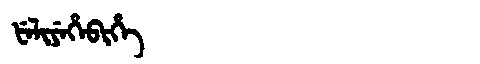
Manchu: ᡶᡝᠯᡳᠶᡝᡥᡝᠪᡳᡥᡝ
Romanization: FELIYEHEBIHE